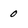
Character: 0